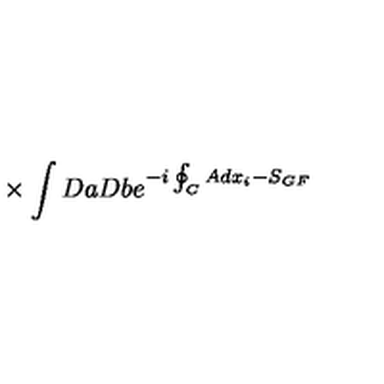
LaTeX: { } \times \int D a D b e ^ { - i \oint _ { C } A d x _ { i } - S _ { G F } }